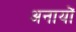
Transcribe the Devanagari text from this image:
अनायों